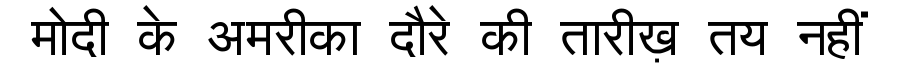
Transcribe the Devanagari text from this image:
मोदी के अमरीका दौरे की तारीख़ तय नहीं